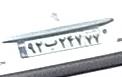
۹۲ب۲۴۷۷۷